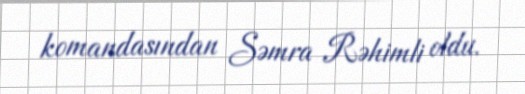
komandasından Səmra Rəhimli oldu.